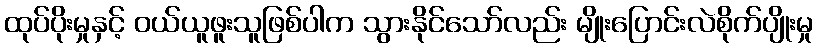
ထုပ်ပိုးမှုနှင့် ဝယ်ယူဖူးသူဖြစ်ပါက သွားနိုင်သော်လည်း မျိုးပြောင်းလဲစိုက်ပျိုးမှု